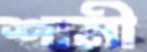
শামী